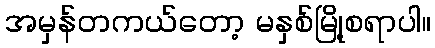
အမှန်တကယ်တော့ မနှစ်မြို့စရာပါ။